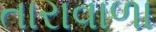
તારાવાળા